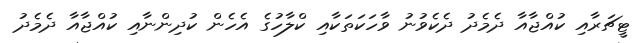
ޓީޗަރާއި ކުއްޖާއާ ދެމެދު ދެކެވުނު ވާހަކަތަކާއި ކްލާހުގެ އެހެން ކުދިންނާއި ކުއްޖާއާ ދެމެދު